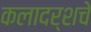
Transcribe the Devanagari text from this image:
कलादर्शचे